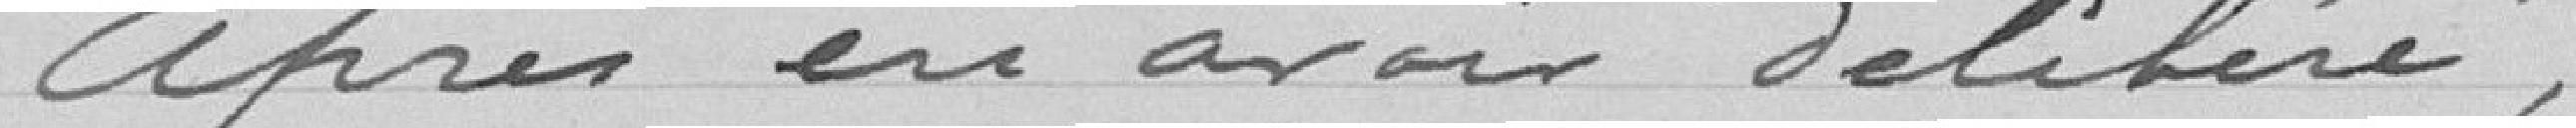
Après en avoir délibéré